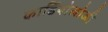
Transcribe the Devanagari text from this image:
कार्डियाेलोजी